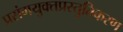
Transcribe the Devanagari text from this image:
प्रसंगयुक्तप्रस्तुतिकरण